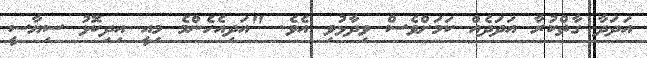
އަދަދާ ގާތްކުރާ އަދަދެއް ކަމަށްވެސް ވިދާޅުވި އެވެ. "އަދިއެހެންމެ މިއީ އިދިކޮޅު ސިޔާސީ